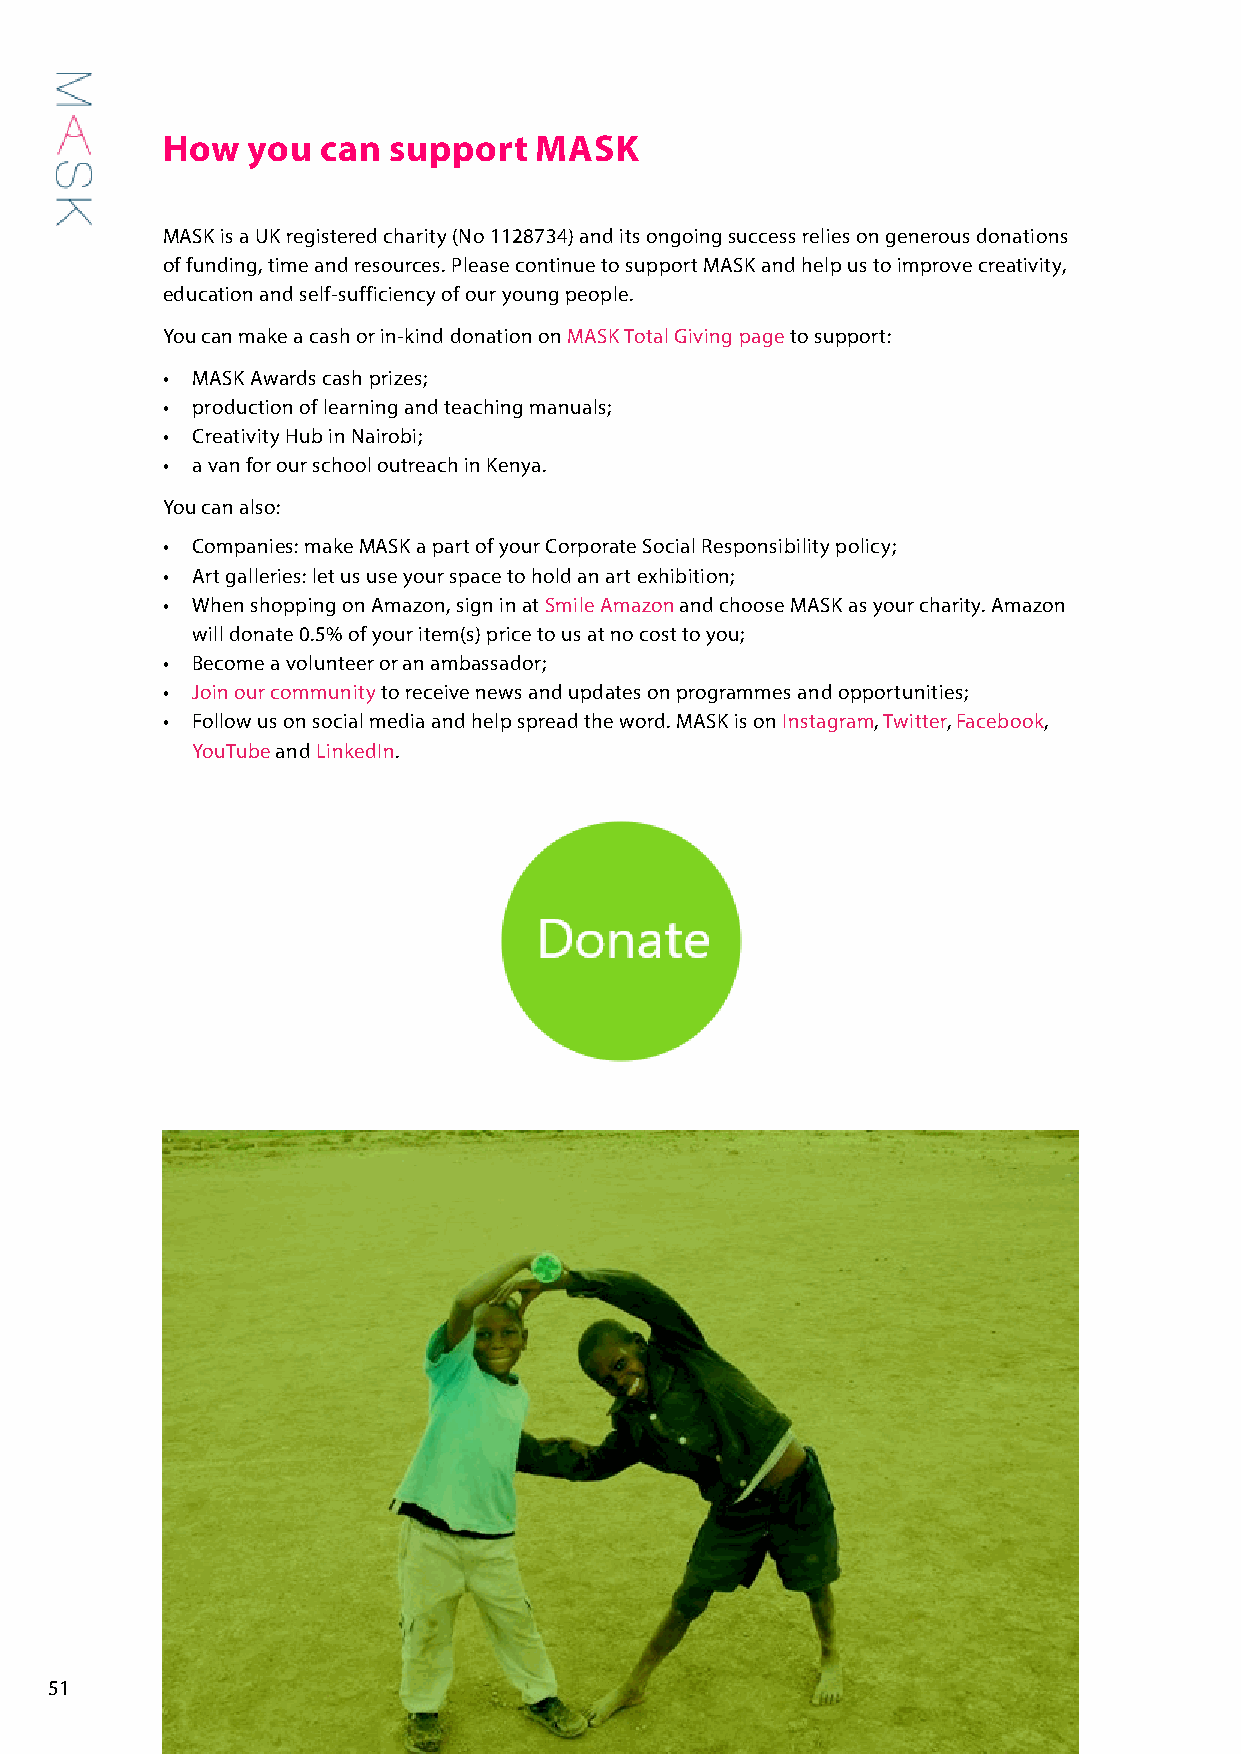
How  you  can  support  MASK
 MASK is a UK registered charity (No 1128734) and its ongoing success relies on generous donations
 of funding, time and resources. Please continue to support MASK and help us to improve creativity,
 education and self-sufficiency of our young people.
 You can make a cash or in-kind donation on MASK Total Giving page to support:
 • MASK Awards cash prizes;
 • production of learning and teaching manuals;
 • Creativity Hub in Nairobi;
 • a van for our school outreach in Kenya.
 You can also:
 • Companies: make MASK a part of your Corporate Social Responsibility policy;
 • Art galleries: let us use your space to hold an art exhibition;
 • When shopping on Amazon, sign in at Smile Amazon and choose MASK as your charity. Amazon
 will donate 0.5% of your item(s) price to us at no cost to you;
 • Become a volunteer or an ambassador;
 • Join our community to receive news and updates on programmes and opportunities;
 • Follow us on social media and help spread the word. MASK is on Instagram, Twitter, Facebook,
 YouTube and LinkedIn.
 51